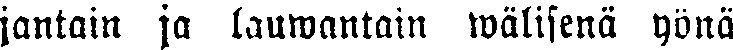
jantain ja lauwantain wälisenä yönä